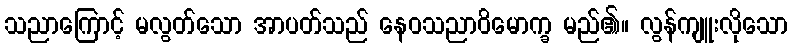
သညာကြောင့် မလွတ်သော အာပတ်သည် နေဝသညာဝိမောက္ခ မည်၏။ လွန်ကျူးလိုသော